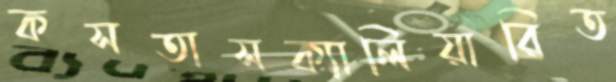
কসতাসক্যালিয়ারিত